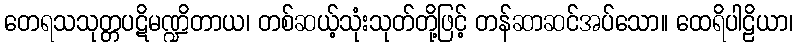
တေရသသုတ္တပဋိမဏ္ဍိတာယ၊ တစ်ဆယ့်သုံးသုတ်တို့ဖြင့် တန်ဆာဆင်အပ်သော။ ထေရိပါဠိယာ၊